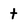
Character: t